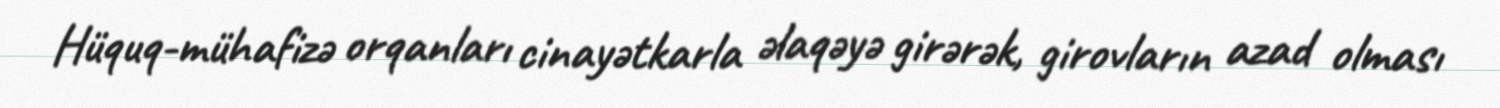
Hüquq-mühafizə orqanları cinayətkarla əlaqəyə girərək, girovların azad olması